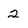
Character: 2